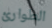
الطوارئ